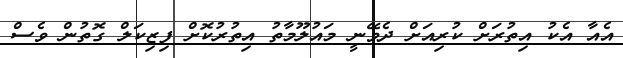
އެއާ އެކު އިތުރަށް ކުރިއަށް ދެވޭނީ މައުލޫމާތު އިތުރުކޮށް ފިޒިކަލް ގޮތުން ވެސް